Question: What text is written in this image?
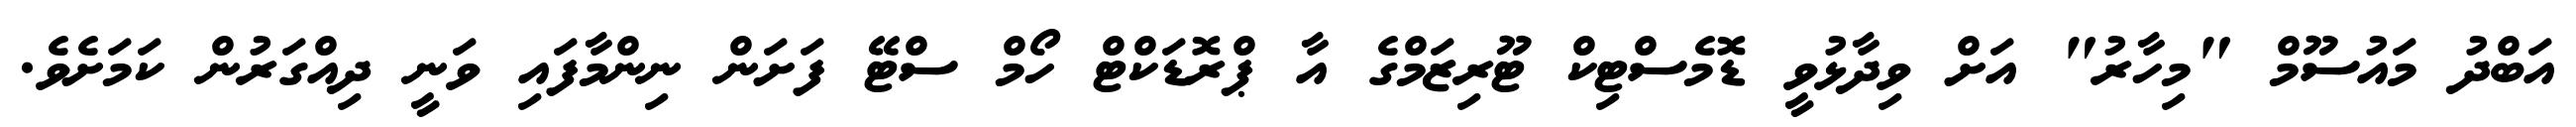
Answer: އަބްދު މައުސޫމް "މިހާރު" އަށް ވިދާޅުވީ ޑޮމެސްޓިކް ޓޫރިޒަމްގެ އާ ޕްރޮޑަކްޓް ހޯމް ސްޓޭ ފަށަން ނިންމާފައި ވަނީ ދިއްގަރުން ކަމަށެވެ.